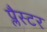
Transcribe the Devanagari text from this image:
प्लैस्टर